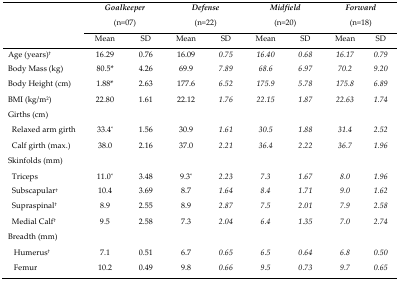
<table><thead><tr><td rowspan="3"></td><td colspan="2"><b><i>Goalkeeper</i> (n=07)</b></td><td colspan="2"><b><i>Defense</i> (n=22)</b></td><td colspan="2"><b><i>Midfield</i> (n=20)</b></td><td colspan="2"><b><i>Forward</i> (n=18)</b></td></tr><tr><td><b>Mean</b></td><td><b>SD</b></td><td><b>Mean</b></td><td><b>SD</b></td><td><b>Mean</b></td><td><b>SD</b></td><td><b>Mean</b></td><td><b>SD</b></td></tr></thead><tbody><tr><td>Age (years)<sup>†</sup></td><td>16.29</td><td>0.76</td><td>16.09</td><td><i>0.75</i></td><td><i>16.40</i></td><td><i>0.68</i></td><td><i>16.17</i></td><td><i>0.79</i></td></tr><tr><td>Body Mass (kg)</td><td>80.5<sup>*</sup></td><td>4.26</td><td>69.9</td><td><i>7.89</i></td><td><i>68.6</i></td><td><i>6.97</i></td><td><i>70.2</i></td><td><i>9.20</i></td></tr><tr><td>Body Height (cm)</td><td>1.88<sup>*</sup></td><td>2.63</td><td>177.6</td><td><i>6.52</i></td><td><i>175.9</i></td><td><i>5.78</i></td><td><i>175.8</i></td><td><i>6.89</i></td></tr><tr><td>BMI (kg/m<sup>2</sup>)</td><td>22.80</td><td>1.61</td><td>22.12</td><td><i>1.76</i></td><td><i>22.15</i></td><td><i>1.87</i></td><td><i>22.63</i></td><td><i>1.74</i></td></tr><tr><td>Girths (cm)</td><td></td><td></td><td></td><td></td><td></td><td></td><td></td><td></td></tr><tr><td>Relaxed arm girth</td><td>33.4<sup>*</sup></td><td>1.56</td><td>30.9</td><td><i>1.61</i></td><td><i>30.5</i></td><td><i>1.88</i></td><td><i>31.4</i></td><td><i>2.52</i></td></tr><tr><td>Calf girth (max.)</td><td>38.0</td><td>2.16</td><td>37.0</td><td><i>2.21</i></td><td><i>36.4</i></td><td><i>2.22</i></td><td><i>36.7</i></td><td><i>1.96</i></td></tr><tr><td>Skinfolds (mm)</td><td></td><td></td><td></td><td></td><td></td><td></td><td></td><td></td></tr><tr><td>Triceps</td><td>11.0<sup>*</sup></td><td>3.48</td><td>9.3<sup>*</sup></td><td><i>2.23</i></td><td><i>7.3</i></td><td><i>1.67</i></td><td><i>8.0</i></td><td><i>1.96</i></td></tr><tr><td>Subscapular<sup>†</sup></td><td>10.4</td><td>3.69</td><td>8.7</td><td><i>1.64</i></td><td><i>8.4</i></td><td><i>1.71</i></td><td><i>9.0</i></td><td><i>1.62</i></td></tr><tr><td>Supraspinal<sup>†</sup></td><td>8.9</td><td>2.55</td><td>8.9</td><td><i>2.87</i></td><td><i>7.5</i></td><td><i>2.01</i></td><td><i>7.9</i></td><td><i>2.58</i></td></tr><tr><td>Medial Calf<sup>†</sup></td><td>9.5</td><td>2.58</td><td>7.3</td><td><i>2.04</i></td><td><i>6.4</i></td><td><i>1.35</i></td><td><i>7.0</i></td><td><i>2.74</i></td></tr><tr><td>Breadth (mm)</td><td></td><td></td><td></td><td></td><td></td><td></td><td></td><td></td></tr><tr><td>Humerus<sup>†</sup></td><td>7.1</td><td>0.51</td><td>6.7</td><td><i>0.65</i></td><td><i>6.5</i></td><td><i>0.64</i></td><td><i>6.8</i></td><td><i>0.50</i></td></tr><tr><td>Femur</td><td>10.2</td><td>0.49</td><td>9.8</td><td><i>0.66</i></td><td><i>9.5</i></td><td><i>0.73</i></td><td><i>9.7</i></td><td><i>0.65</i></td></tr></tbody></table>